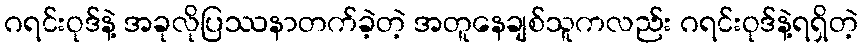
ဂရင်းဝုဒ်နဲ့ အခုလိုပြဿနာတက်ခဲ့တဲ့ အတူနေချစ်သူကလည်း ဂရင်းဝုဒ်နဲ့ရရှိတဲ့